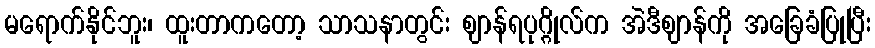
မရောက်နိုင်ဘူး၊ ထူးတာကတော့ သာသနာတွင်း ဈာန်ရပုဂ္ဂိုလ်က အဲဒီဈာန်ကို အခြေခံပြုပြီး